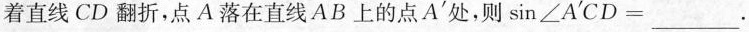
着直线CD翻折，点A落在直线AB上的点A'处，则$$\sin ∠ A ' C D =$$___.